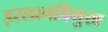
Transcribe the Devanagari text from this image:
इस्लामविमुख